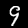
Digit: 9